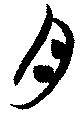
月